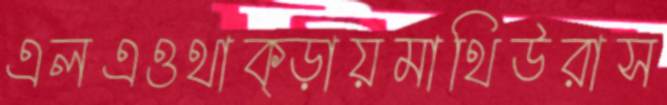
এলএওথাক্‌ড়ায়মাথিউরাস